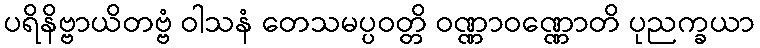
ပရိနိဗ္ဗာယိတဗ္ဗံ ဝါသနံ တေသမပ္ပဝတ္တိ ဝဏ္ဏာဝဏ္ဏောတိ ပုညက္ခယာ